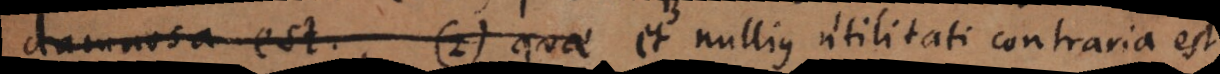
damnosa est. 2) quae et nullius utilitati contraria est,